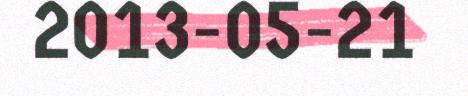
2013-05-21